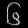
Digit: ၆